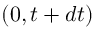
( 0 , t + d t )